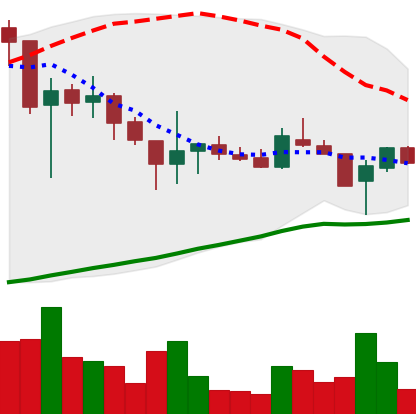
Ticker: LTC-USD
Chart end date: 2017-11-04
Forward return: 16.775%
Label: up_7plus